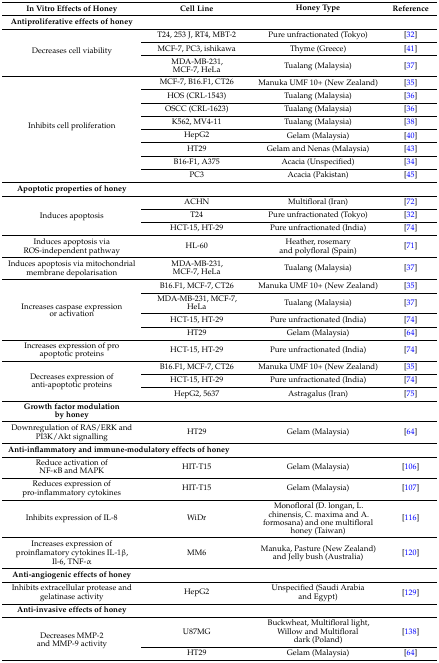
<table><thead><tr><td><b>In Vitro Effects of Honey</b></td><td><b>Cell Line</b></td><td><b>Honey Type</b></td><td><b>Reference</b></td></tr></thead><tbody><tr><td><b>Antiproliferative effects of honey</b></td><td></td><td></td><td></td></tr><tr><td rowspan="3">Decreases cell viability</td><td>T24, 253 J, RT4, MBT-2</td><td>Pure unfractionated (Tokyo)</td><td>[32]</td></tr><tr><td>MCF-7, PC3, ishikawa</td><td>Thyme (Greece)</td><td>[41]</td></tr><tr><td>MDA-MB-231, MCF-7, HeLa</td><td>Tualang (Malaysia)</td><td>[37]</td></tr><tr><td rowspan="8">Inhibits cell proliferation</td><td>MCF-7, B16.F1, CT26</td><td>Manuka UMF 10+ (New Zealand)</td><td>[35]</td></tr><tr><td>HOS (CRL-1543)</td><td>Tualang (Malaysia)</td><td>[36]</td></tr><tr><td>OSCC (CRL-1623)</td><td>Tualang (Malaysia)</td><td>[36]</td></tr><tr><td>K562, MV4-11</td><td>Tualang (Malaysia)</td><td>[38]</td></tr><tr><td>HepG2</td><td>Gelam (Malaysia)</td><td>[40]</td></tr><tr><td>HT29</td><td>Gelam and Nenas (Malaysia)</td><td>[43]</td></tr><tr><td>B16-F1, A375</td><td>Acacia (Unspecified)</td><td>[34]</td></tr><tr><td>PC3</td><td>Acacia (Pakistan)</td><td>[45]</td></tr><tr><td><b>Apoptotic properties of honey</b></td><td></td><td></td><td></td></tr><tr><td rowspan="3">Induces apoptosis</td><td>ACHN</td><td>Multifloral (Iran)</td><td>[72]</td></tr><tr><td>T24</td><td>Pure unfractionated (Tokyo)</td><td>[32]</td></tr><tr><td>HCT-15, HT-29</td><td>Pure unfractionated (India)</td><td>[74]</td></tr><tr><td>Induces apoptosis via ROS-independent pathway</td><td>HL-60</td><td>Heather, rosemary and polyfloral (Spain)</td><td>[71]</td></tr><tr><td>Induces apoptosis via mitochondrial membrane depolarisation</td><td>MDA-MB-231, MCF-7, HeLa</td><td>Tualang (Malaysia)</td><td>[37]</td></tr><tr><td rowspan="4">Increases caspase expression or activation</td><td>B16.F1, MCF-7, CT26</td><td>Manuka UMF 10+ (New Zealand)</td><td>[35]</td></tr><tr><td>MDA-MB-231, MCF-7, HeLa</td><td>Tualang (Malaysia)</td><td>[37]</td></tr><tr><td>HCT-15, HT-29</td><td>Pure unfractionated (India)</td><td>[74]</td></tr><tr><td>HT29</td><td>Gelam (Malaysia)</td><td>[64]</td></tr><tr><td>Increases expression of pro apoptotic proteins</td><td>HCT-15, HT-29</td><td>Pure unfractionated (India)</td><td>[74]</td></tr><tr><td rowspan="3">Decreases expression of anti-apoptotic proteins</td><td>B16.F1, MCF-7, CT26</td><td>Manuka UMF 10+ (New Zealand)</td><td>[35]</td></tr><tr><td>HCT-15, HT-29</td><td>Pure unfractionated (India)</td><td>[74]</td></tr><tr><td>HepG2, 5637</td><td>Astragalus (Iran)</td><td>[75]</td></tr><tr><td><b>Growth factor modulation by honey</b></td><td></td><td></td><td></td></tr><tr><td>Downregulation of RAS/ERK and PI3K/Akt signalling</td><td>HT29</td><td>Gelam (Malaysia)</td><td>[64]</td></tr><tr><td colspan="4"><b>Anti-inflammatory and immune-modulatory effects of honey</b></td></tr><tr><td>Reduce activation of NF-κB and MAPK</td><td>HIT-T15</td><td>Gelam (Malaysia)</td><td>[106]</td></tr><tr><td>Reduces expression of pro-inflammatory cytokines</td><td>HIT-T15</td><td>Gelam (Malaysia)</td><td>[107]</td></tr><tr><td>Inhibits expression of IL-8</td><td>WiDr</td><td>Monofloral (D. longan, L. chinensis, C. maxima and A. formosana) and one multifloral honey (Taiwan)</td><td>[116]</td></tr><tr><td>Increases expression of proinflamatory cytokines IL-1β, Il-6, TNF-α</td><td>MM6</td><td>Manuka, Pasture (New Zealand) and Jelly bush (Australia)</td><td>[120]</td></tr><tr><td><b>Anti-angiogenic effects of honey</b></td><td></td><td></td><td></td></tr><tr><td>Inhibits extracellular protease and gelatinase activity</td><td>HepG2</td><td>Unspecified (Saudi Arabia and Egypt)</td><td>[129]</td></tr><tr><td><b>Anti-invasive effects of honey</b></td><td></td><td></td><td></td></tr><tr><td rowspan="2">Decreases MMP-2 and MMP-9 activity</td><td>U87MG</td><td>Buckwheat, Multifloral light, Willow and Multifloral dark (Poland)</td><td>[138]</td></tr><tr><td>HT29</td><td>Gelam (Malaysia)</td><td>[64]</td></tr></tbody></table>